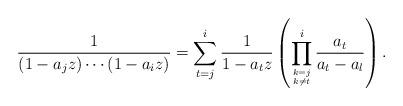
LaTeX: \begin{align*}\frac{1}{\left(1-a_{j}z\right)\cdots\left(1-a_{i}z\right)}=\sum_{t=j}^{i}\frac{1}{1-a_{t}z}\left(\prod_{\genfrac{}{}{0pt}{}{k=j}{k\neq t}}^{i}\frac{a_{t}}{a_{t}-a_{l}}\right).\end{align*}